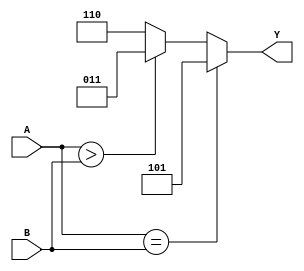
`timescale 1ns / 1ps
module No5(A, B, Y);
	input [3:0] A;
	input [3:0] B;
	wire [3:0] A;
	wire [3:0] B;
	output [2:0] Y;
	reg [2:0] Y;
	always @ (*)
	if (A == B)
	begin
		Y = 3'b101;
	end else if (A > B)
	begin
		Y = 3'b011;
	end else
	begin
		Y = 3'b110;
	end
endmodule